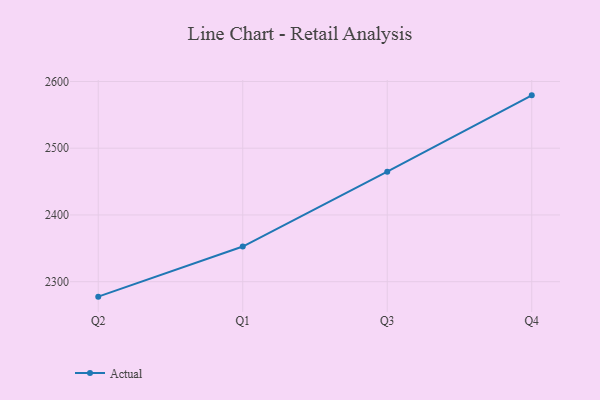
{"axis": {"x": "Quarter", "y": "Demand Index"}, "legend": ["Actual"], "data": [{"x": "Q2", "y": 2277.6, "type": "Actual"}, {"x": "Q1", "y": 2352.7, "type": "Actual"}, {"x": "Q3", "y": 2464.9, "type": "Actual"}, {"x": "Q4", "y": 2579.2, "type": "Actual"}]}